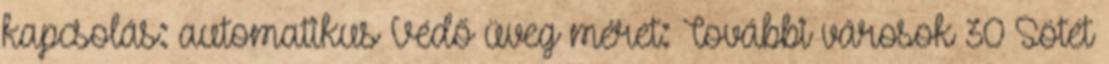
kapcsolás: automatikus Védő üveg méret: További városok 30 Sötét